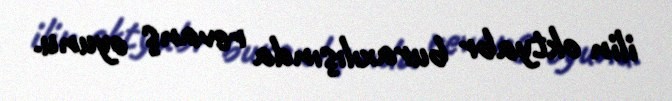
ilin oktyabr buraxılışında revanş oyunu.